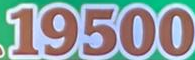
19500